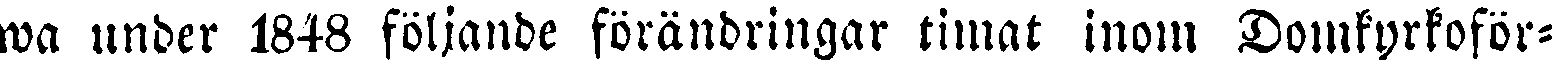
wa under 1848 följande förändringar timat inom Domkyrkoför-